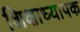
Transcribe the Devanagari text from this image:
शिक्षाध्यापक